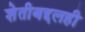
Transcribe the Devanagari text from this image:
शेतीबद्दलही